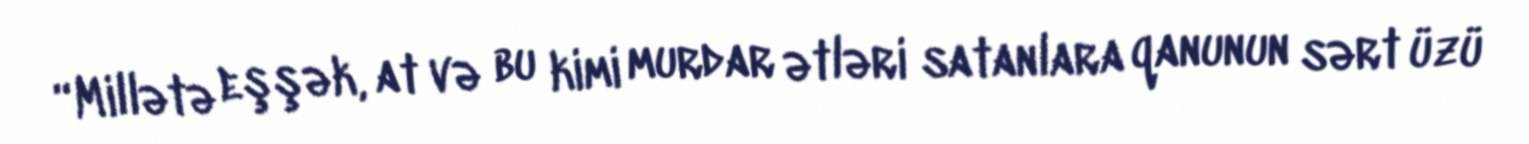
“Millətə eşşək, at və bu kimi murdar ətləri satanlara qanunun sərt üzü